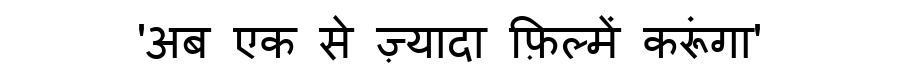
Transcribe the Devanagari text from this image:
'अब एक से ज़्यादा फ़िल्में करूंगा'